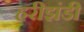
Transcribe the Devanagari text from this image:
हरीझंडी